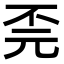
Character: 𫠫